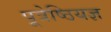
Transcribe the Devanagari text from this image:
पूत्रेष्ठियज्ञ